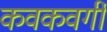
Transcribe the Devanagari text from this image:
कवकवर्गी